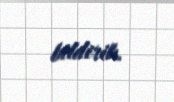
bildirib.